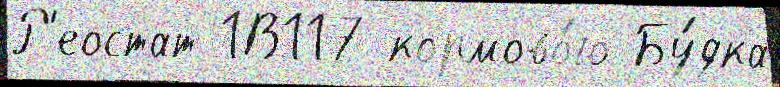
Р'еостат 1В117 кормово́го Бу́дка